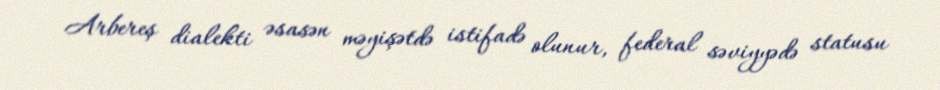
Arbereş dialekti əsasən məyişətdə istifadə olunur, federal səviyyədə statusu